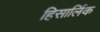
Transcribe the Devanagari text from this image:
हिसार्लिक